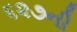
૬૨૭ની